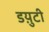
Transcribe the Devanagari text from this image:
डय़ुटी